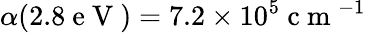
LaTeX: \alpha(2.8\mathrm{~e~V~})=7.2\times 10^{5}\mathrm{~c~m~}^{-1}